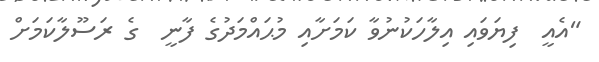
"އެއީ  ފިޔަވައި އިލާހަކުނުވާ ކަމަށާއި މުޙައްމަދުގެ ފާނީ  ގެ ރަސޫލާކަމަށް